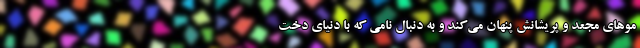
موهای مجعد و پریشانش پنهان می‌کند و به دنبال نامی که با دنیای دخت